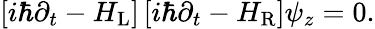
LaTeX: \begin{array}{r}{\left[i\hbar\partial_{t}-H_{\mathrm{L}}\right]\left[i\hbar\partial_{t}-H_{\mathrm{R}}\right]\psi_{z}=0.}\end{array}